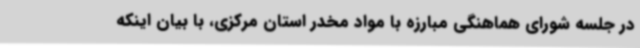
در جلسه شورای هماهنگی مبارزه با مواد مخدر استان مرکزی، با بیان اینکه